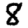
Digit: 8